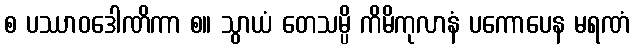
စ ပဿာဝဒေါဏိကာ စ။ သွာယံ တေသမ္ပိ ကိမိကုလာနံ ပကောပေန မရဏံ